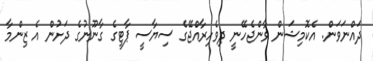
ދައްނަވަން. އެކޮމިޝަން ވާންޖެހޭނީ ދިވެހިރާއްޖޭގެ ސިޔާސީ ޕާޓީގެ ގާނޫނުގެ ދަށުން އެ ޒިންމާ